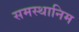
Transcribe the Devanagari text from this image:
समस्थानिम